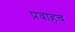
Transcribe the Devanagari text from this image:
प्रवाहच